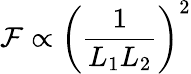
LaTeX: \mathcal{F}\propto\left(\frac{1}{L_{1}L_{2}}\right)^{2}